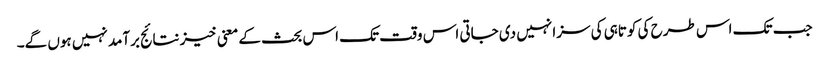
جب تک اس طرح کی کوتاہی کی سزا نہیں دی جاتی اس وقت تک اس بحث کے معنی خیز نتائج برآمد نہیں ہوں گے۔